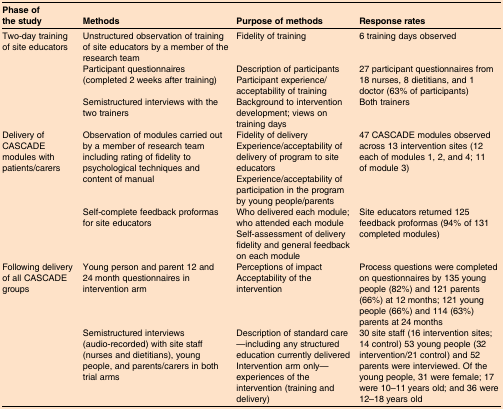
| Phase of the study | Methods | Purpose of methods | Response rates |
 | --- | --- | --- | --- |
 | <ROWSPAN=3> Two-day training of site educators | Unstructured observation of training of site educators by a member of the research team | Fidelity of training | 6 training days observed |
 | Participant questionnaires (completed 2 weeks after training) | Description of participantsParticipant experience/acceptability of training | 27 participant questionnaires from 18 nurses, 8 dietitians, and 1 doctor (63% of participants) |
 | Semistructured interviews with the two trainers | Background to intervention development; views on training days | Both trainers |
 | <ROWSPAN=2> Delivery of CASCADE modules with patients/carers | Observation of modules carried out by a member of research team including rating of fidelity to psychological techniques and content of manual | Fidelity of deliveryExperience/acceptability of delivery of program to site educatorsExperience/acceptability of participation in the program by young people/parents | 47 CASCADE modules observed across 13 intervention sites (12 each of modules 1, 2, and 4; 11 of module 3) |
 | Self-complete feedback proformas for site educators | Who delivered each module; who attended each moduleSelf-assessment of delivery fidelity and general feedback on each module | Site educators returned 125 feedback proformas (94% of 131 completed modules) |
 | Following delivery of all CASCADE groups | Young person and parent 12 and 24 month questionnaires in intervention arm | Perceptions of impactAcceptability of the intervention | Process questions were completed on questionnaires by 135 young people (82%) and 121 parents (66%) at 12 months; 121 young people (66%) and 114 (63%) parents at 24 months |
 |  | Semistructured interviews (audio-recorded) with site staff (nurses and dietitians), young people, and parents/carers in both trial arms | Description of standard care—including any structured education currently deliveredIntervention arm only—experiences of the intervention (training and delivery) | 30 site staff (16 intervention sites; 14 control) 53 young people (32 intervention/21 control) and 52 parents were interviewed. Of the young people, 31 were female; 17 were 10–11 years old; and 36 were 12–18 years old |